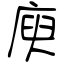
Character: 庾